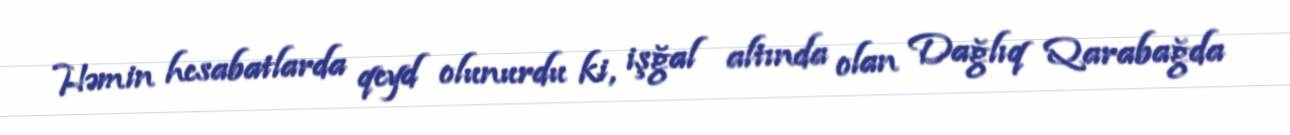
Həmin hesabatlarda qeyd olunurdu ki, işğal altında olan Dağlıq Qarabağda